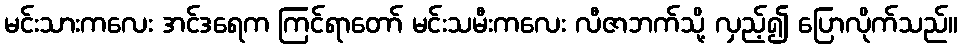
မင်းသားကလေး အင်ဒရေက ကြင်ရာတော် မင်းသမီးကလေး လီဇာဘက်သို့ လှည့်၍ ပြောလိုက်သည်။